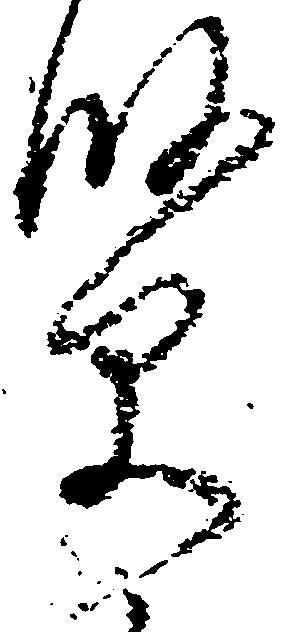
賢